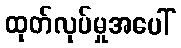
ထုတ်လုပ်မှုအပေါ်